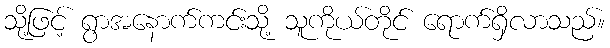
သို့ဖြင့် ရွာအနောက်ကင်းသို့ သူကိုယ်တိုင် ရောက်ရှိလာသည်။